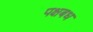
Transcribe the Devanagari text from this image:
पक्षबध